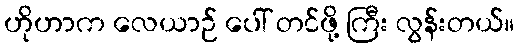
ဟိုဟာက လေယာဉ် ပေါ် တင်ဖို့ ကြီး လွန်းတယ်။